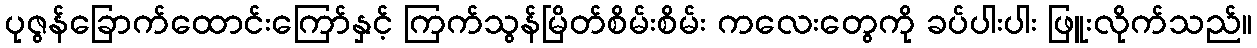
ပုဇွန်ခြောက်ထောင်းကြော်နှင့် ကြက်သွန်မြိတ်စိမ်းစိမ်း ကလေးတွေကို ခပ်ပါးပါး ဖြူးလိုက်သည်။